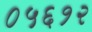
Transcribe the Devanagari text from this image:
०५६१२